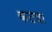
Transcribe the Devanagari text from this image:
कठवा